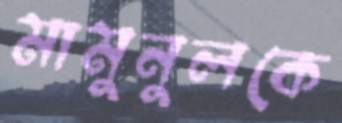
মামুনুলকে